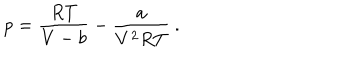
LaTeX: p = { \frac { R T } { V - b } } - { \frac { a } { V ^ { 2 } R T } } \ .